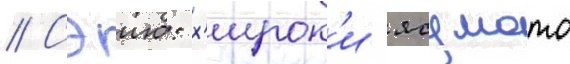
// Сэию: х'ирок'и ясумото